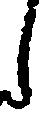
し